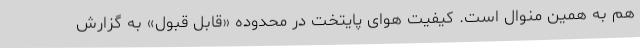
هم به همین منوال است. کیفیت هوای پایتخت در محدوده «قابل قبول» به گزارش